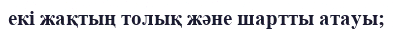
екі жақтың толық және шартты атауы;